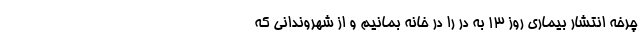
چرخه انتشار بیماری روز ۱۳ به در را در خانه بمانیم و از شهروندانی که